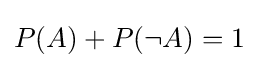
P(A)+P(\neg A)=1